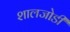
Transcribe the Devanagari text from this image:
शालजोडी